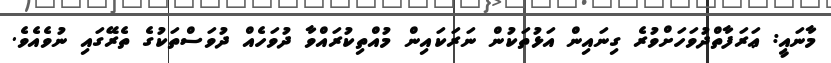
މާނައީ: ޢަރަފާތްދުވަހަށްވުރެ ގިނައިން އަޅުތަކުން ނަރަކައިން މުއްތިކުރައްވާ ދުވަހެއް ދުވަސްތަކުގެ ތެރޭގައި ނުވެއެވެ.